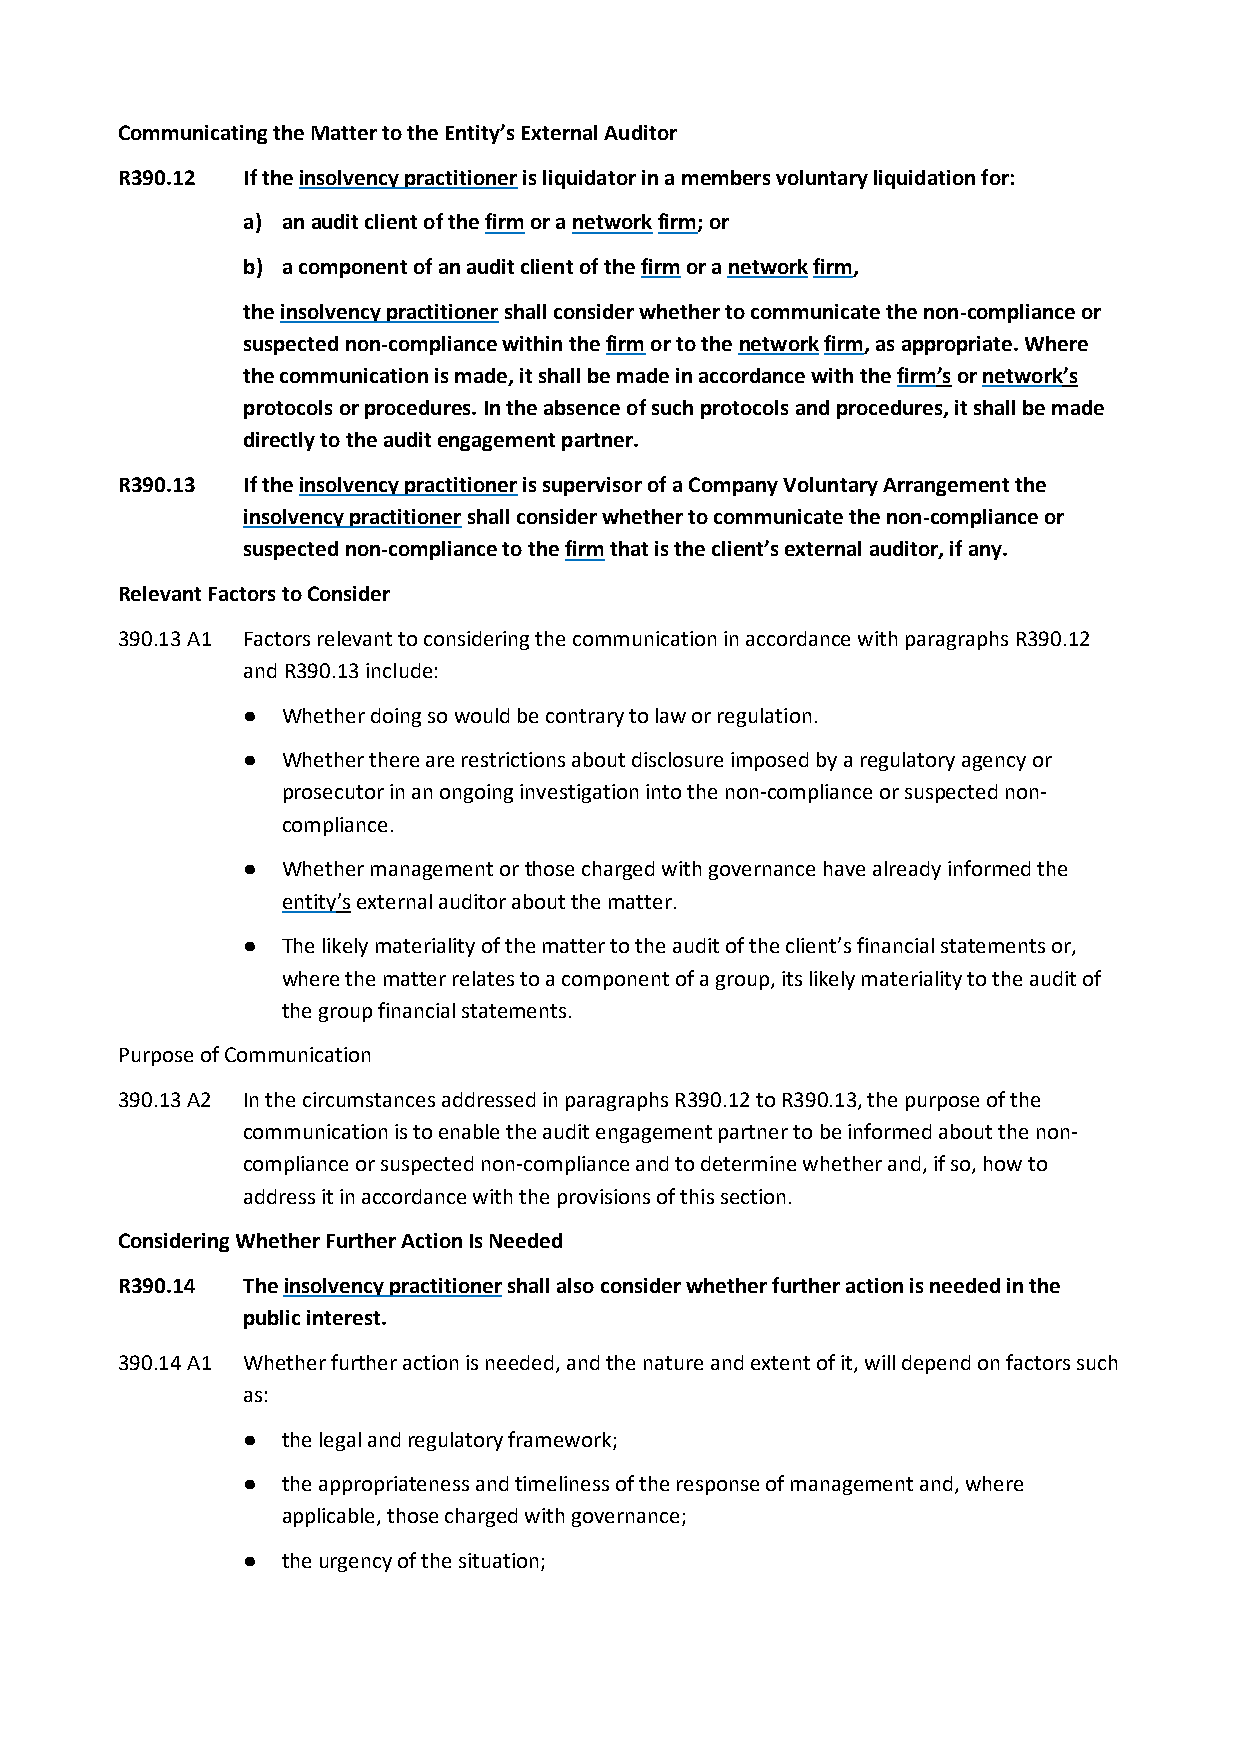
Communicating the Matter to the Entity’s External Auditor
 R390.12 If the insolvency practitioner is liquidator in a members voluntary liquidation for:
 a) an audit client of the firm or a network firm; or
 b) a component of an audit client of the firm or a network firm,
 the insolvency practitioner shall consider whether to communicate the non-compliance or
 suspected non-compliance within the firm or to the network firm, as appropriate. Where
 the communication is made, it shall be made in accordance with the firm’s or network’s
 protocols or procedures. In the absence of such protocols and procedures, it shall be made
 directly to the audit engagement partner.
 R390.13 If the insolvency practitioner is supervisor of a Company Voluntary Arrangement the
 insolvency practitioner shall consider whether to communicate the non-compliance or
 suspected non-compliance to the firm that is the client’s external auditor, if any.
 Relevant Factors to Consider
 390.13 A1 Factors relevant to considering the communication in accordance with paragraphs R390.12
 and R390.13 include:
 ●  Whether doing so would be contrary to law or regulation.
 ●  Whether there are restrictions about disclosure imposed by a regulatory agency or
 prosecutor in an ongoing investigation into the non-compliance or suspected non-
 compliance.
 ●  Whether management or those charged with governance have already informed the
 entity’s external auditor about the matter.
 ●  The likely materiality of the matter to the audit of the client’s financial statements or,
 where the matter relates to a component of a group, its likely materiality to the audit of
 the group financial statements.
 Purpose of Communication
 390.13 A2 In the circumstances addressed in paragraphs R390.12 to R390.13, the purpose of the
 communication is to enable the audit engagement partner to be informed about the non-
 compliance or suspected non-compliance and to determine whether and, if so, how to
 address it in accordance with the provisions of this section.
 Considering Whether Further Action Is Needed
 R390.14 The insolvency practitioner shall also consider whether further action is needed in the
 public interest.
 390.14 A1 Whether further action is needed, and the nature and extent of it, will depend on factors such
 as:
 ●  the legal and regulatory framework;
 ●  the appropriateness and timeliness of the response of management and, where
 applicable, those charged with governance;
 ●  the urgency of the situation;